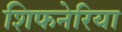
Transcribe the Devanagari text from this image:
शिफनेरिया